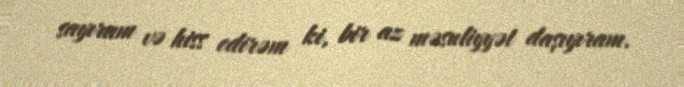
sayıram və hiss edirəm ki, bir az məsuliyyət daşıyıram.